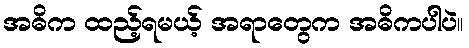
အဓိက ထည့်ရမယ့် အရာတွေက အဓိကပါပဲ။